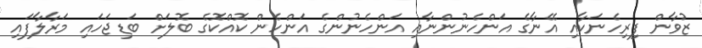
ޒުވާން ފިރިހެނަކާއި އޭނާގެ އަންހެނުންނާއި އަންހެނުންގެ އަންހެން ކޮއްކޮގެ ބޮލަށް ބަޑިޖަހައި މަރާލާފައި